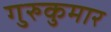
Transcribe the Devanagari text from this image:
गुरुकुमार